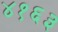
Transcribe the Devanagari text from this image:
४१६३